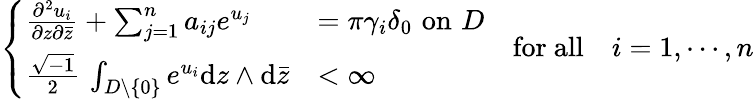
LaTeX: \left\{ \begin{array}{ll}{\frac{\partial^{2}u_{i}}{\partial z\partial\bar{z}}+\sum_{j=1}^{n}a_{ij}e^{u_{j}}}&{=\pi\gamma_{i}\delta_{0}\, \, \mathrm{on}\, \, D}\\ {\frac{\sqrt{-1}}{2}\, \int_{D\backslash\{ 0\} }e^{u_{i}}\mathrm{d}z\wedge\mathrm{d}\bar{z}}&{<\infty}\end{array}\right.\quad\mathrm{for~all}\quad i=1,\cdots,n